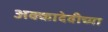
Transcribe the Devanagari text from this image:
अक्कादेवीच्या